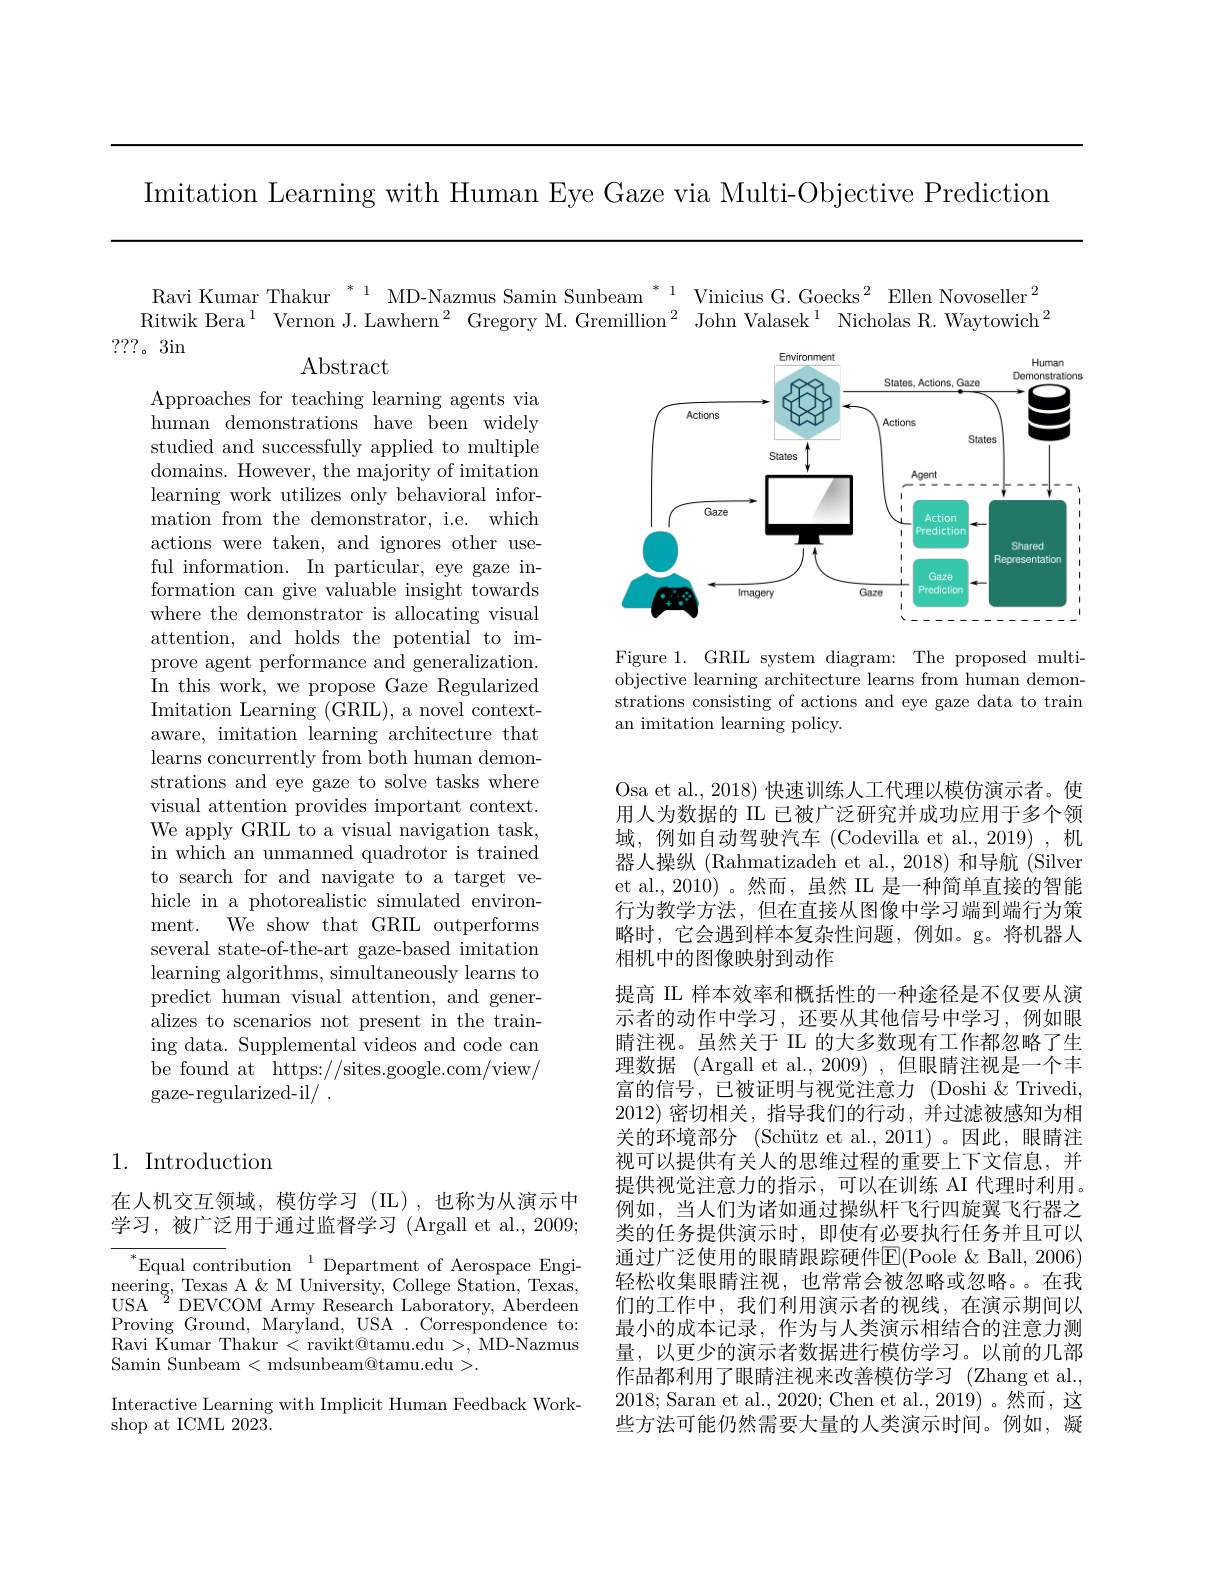
Imitation Learning with Human Eye Gaze via Multi-Objective Prediction

Ravi Kumar Thakur $^{*}1$ MD-Nazmus Samin Sunbeam $^{*}1$ Vinicius G. Goecks$^2$Ellen Novoseller$^2$ Ritwik Bera$^1$ Vernon J. Lawhern$^2$ Gregory M. Gremillion$^2$ John Valasek$^1$ Nicholas R.Waytowich$^2$
???。3in
$\operatorname{Abstract}$
<FigureHere>

Figure 1. GRIL system diagram: The proposed multiobjective learning architecture learns from human demonstrations consisting of actions and eye gaze data to train an imitation learning policy.

Approaches for teaching learning agents via human demonstrations have been widely studied and successfully applied to multiple domains. However, the majority of imitation learning work utilizes only behavioral information from the demonstrator, i.e. which actions were taken, and ignores other useful information. In particular, eye gaze information can give valuable insight towards where the demonstrator is allocating visual attention, and holds the potential to improve agent performance and generalization. In this work, we propose Gaze Regularized Imitation Learning (GRIL), a novel contextaware, imitation learning architecture that learns concurrently from both human demonstrations and eye gaze to solve tasks where visual attention provides important context. We apply GRIL to a visual navigation task, in which an unmanned quadrotor is trained to search for and navigate to a target vehicle in a photorealistic simulated environment. We show that GRIL outperforms several state-of-the-art gaze-based imitation learning algorithms, simultaneously learns to predict human visual attention, and generalizes to scenarios not present in the training data. Supplemental videos and code can ${\mathrm{be~found~at~https://sites.google.com/view/}}$ gaze-regularized-il/ .

Osa et al., 2018) 快速训练人工代理以模仿演示者。使用人为数据的 IL 已被广泛研究并成功应用于多个领域，例如自动驾驶汽车 (Codevilla et al., 2019),机器人操纵 (Rahmatizadeh et al., 2018) 和导航 (Silver et al., 2010) 。然而，虽然 II 是一种简单直接的智能行为教学方法，但在直接从图像中学习端到端行为策略时，它会遇到样本复杂性问题，例如。g。将机器人相机中的图像映射到动作
提高 IL 样本效率和概括性的一种途径是不仅要从演示者的动作中学习，还要从其他信号中学习，例如眼睛注视。虽然关于 II 的大多数现有工作都忽略了生理数据 (Argall et al., 2009) , 但眼睛注视是一个丰富的信号，已被证明与视觉注意力 (Doshi &Trivedi, 2012)密切相关，指导我们的行动，并过滤被感知为相关的环境部分 (Schütz et al.,2011)。因此，眼睛注视可以提供有关人的思维过程的重要上下文信息，并提供视觉注意力的指示，可以在训练 AI 代理时利用。例如，当人们为诸如通过操纵杆飞行四旋翼飞行器之类的任务提供演示时，即使有必要执行任务并且可以通过广泛使用的眼睛跟踪硬件E(Poole &Ball, 2006) 轻松收集眼睛注视，也常常会被忽略或忽略。。在我们的工作中，我们利用演示者的视线，在演示期间以最小的成本记录，作为与人类演示相结合的注意力测量，以更少的演示者数据进行模仿学习。以前的几部作品都利用了眼睛注视来改善模仿学习 (Zhang et al., 2018;Saran et al., 2020; Chen et al., 2019)。然而，这些方法可能仍然需要大量的人类演示时间。例如，凝

## 1. Introduction

在人机交互领域，模仿学习(IL),也称为从演示中学习，被广泛用于通过监督学习(Argall et al., 2009;

$^*$Equal contribution$^1$Department of Aerospace Engineering, Texas A & M University, College Station, Texas, USA$^{2^{\prime}}$DEVCOM Army Research Laboratory, Aberdeen Proving Ground, Maryland, USA . Correspondence to: Ravi Kumar Thakur < ravikt@tamu.edu >, MD-Nazmus Samin Sunbeam < mdsunbeam@tamu.edu >.
Interactive Learning with Implicit Human Feedback Work-
shop at ICML 2023.